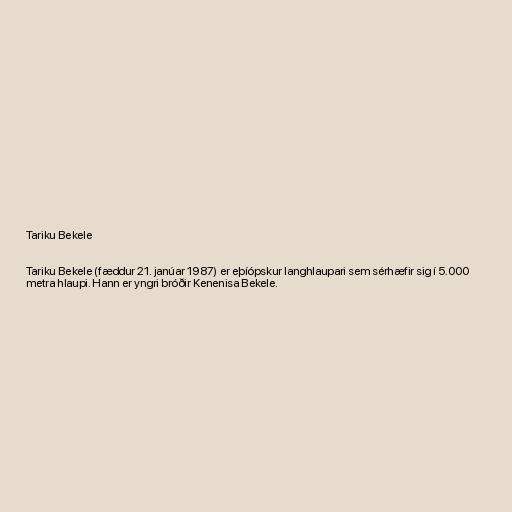
Tariku Bekele

Tariku Bekele (fæddur 21. janúar 1987) er eþíópskur langhlaupari sem sérhæfir sig í 5.000
metra hlaupi. Hann er yngri bróðir Kenenisa Bekele.